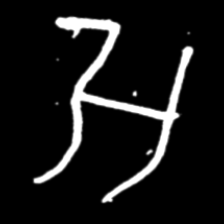
Pyu character \u2014 Myanmar letter: အ (romanized: a)